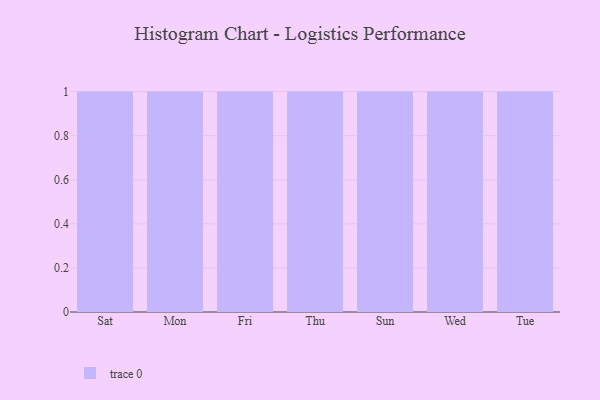
{"axis": {"x": "Day", "y": "Revenue (USD Million)"}, "legend": [""], "data": [{"x": "Sat", "y": 85, "type": ""}, {"x": "Mon", "y": 3, "type": ""}, {"x": "Fri", "y": 73, "type": ""}, {"x": "Thu", "y": 94, "type": ""}, {"x": "Sun", "y": 90, "type": ""}, {"x": "Wed", "y": 28, "type": ""}, {"x": "Tue", "y": 25, "type": ""}]}